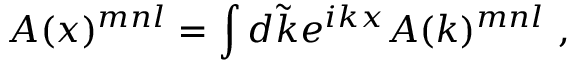
A ( x ) ^ { m n l } = \int d \tilde { k } e ^ { i k x } A ( k ) ^ { m n l } \ ,